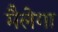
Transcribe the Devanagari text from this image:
मैलेगा